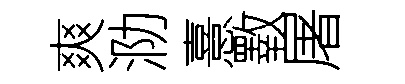
爽泐憙斁屠